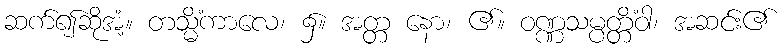
ဆက်၍ဆိုအံ့။ တသ္မိံကာလေ၊ ၌။ အတ္တ နော၊ ၏။ ဝဏ္ဏသမ္ပတ္တိံဝါ၊ အဆင်း၏